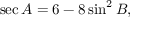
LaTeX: \sec A = 6 - 8 \sin ^ { 2 } B ,